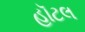
હૉટલ